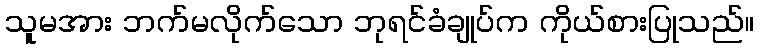
သူမအား ဘက်မလိုက်သော ဘုရင်ခံချုပ်က ကိုယ်စားပြုသည်။